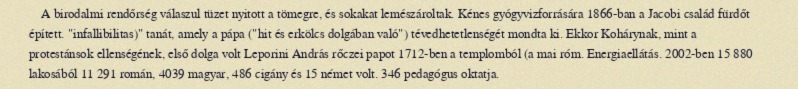
A birodalmi rendőrség válaszul tüzet nyitott a tömegre, és sokakat lemészároltak. Kénes gyógyvizforrására 1866-ban a Jacobi család fürdőt épített. "infallibilitas)" tanát, amely a pápa ("hit és erkölcs dolgában való") tévedhetetlenségét mondta ki. Ekkor Kohárynak, mint a protestánsok ellenségének, első dolga volt Leporini András rőczei papot 1712-ben a templomból (a mai róm. Energiaellátás. 2002-ben 15 880 lakosából 11 291 román, 4039 magyar, 486 cigány és 15 német volt. 346 pedagógus oktatja.